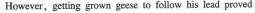
However, getting grown geese to follow his lead proved